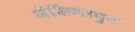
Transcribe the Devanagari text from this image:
जॅसिंगापुर